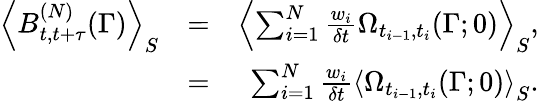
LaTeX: \begin{array}{rlr}{\left<B_{t,t+\tau}^{(N)}(\Gamma)\right>_{S}}&{=}&{\left<\sum_{i=1}^{N}\frac{w_{i}}{\delta t}\Omega_{t_{i-1},t_{i}}(\Gamma;0)\right>_{S},}\\ &{=}&{\sum_{i=1}^{N}\frac{w_{i}}{\delta t}\left<\Omega_{t_{i-1},t_{i}}(\Gamma;0)\right>_{S}.}\end{array}